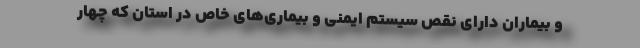
و بیماران دارای نقص سیستم ایمنی و بیماری‌های خاص در استان که چهار